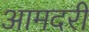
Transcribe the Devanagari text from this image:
आमदरी